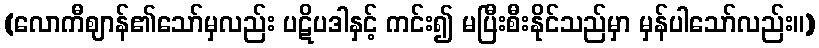
(လောကီဈာန်၏သော်မှလည်း ပဋိပဒါနှင့် ကင်း၍ မပြီးစီးနိုင်သည်မှာ မှန်ပါသော်လည်း။)